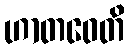
ဟာတဝေတိ